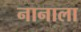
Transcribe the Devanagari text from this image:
नानाला